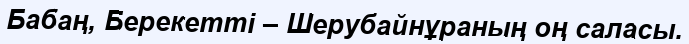
Бабаң, Берекетті – Шерубайнұраның оң саласы.